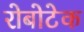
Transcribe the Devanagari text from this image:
रोबोटेक